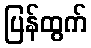
ပြန်ထွက်